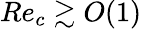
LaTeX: Re_{c}\gtrsim O(1)